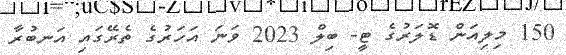
150 މިލިއަން ޑޮލަރުގެ ޓީ- ބިލް 2023 ވަނަ އަހަރުގެ ތެރޭގައި އަނބުރާ